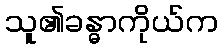
သူ၏ခန္ဓာကိုယ်က